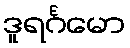
ဒူရင်္ဂမော